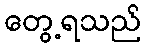
တွေ့ရသည်